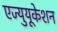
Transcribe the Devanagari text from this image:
एज्युयूकेशन